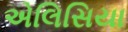
એલિસિયા